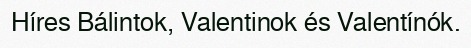
Híres Bálintok, Valentinok és Valentínók.